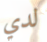
لدي